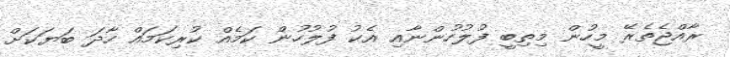
ރާއްޖެތެރޭ މީހުން މިތިބީ ފުލުހުންނާއި އެކު ފުލުހުން ކަމެއް ކުރިކަމައް ހާދަ ބަޔަކަށް